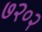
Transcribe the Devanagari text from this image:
७२०२